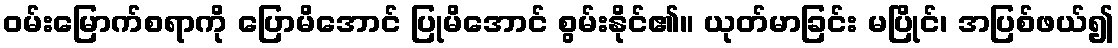
ဝမ်းမြောက်စရာကို ပြောမိအောင် ပြုမိအောင် စွမ်းနိုင်၏။ ယုတ်မာခြင်း မပြိုင်၊ အပြစ်ဖယ်၍